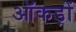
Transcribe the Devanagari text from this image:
ऑकड़ों